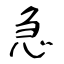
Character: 急